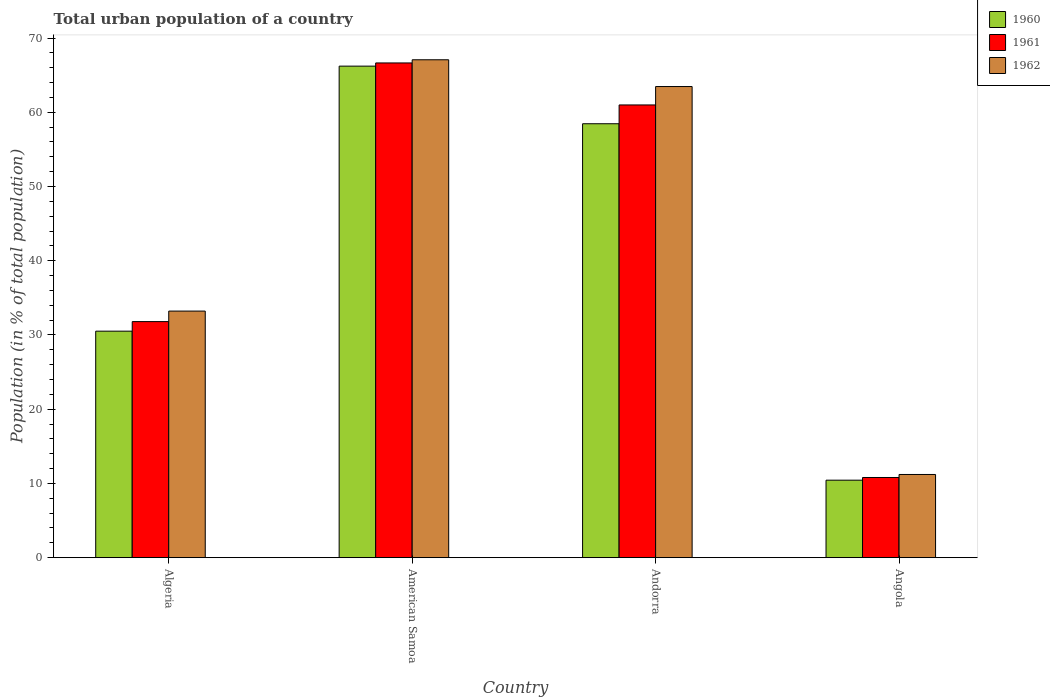
| Country | 1960 | 1961 | 1962 |
 | --- | --- | --- | --- |
 | Algeria | 30.5 | 31.8 | 33.2 |
 | American Samoa | 66.2 | 66.6 | 67.1 |
 | Andorra | 58.5 | 61 | 63.5 |
 | Angola | 10.4 | 10.8 | 11.2 |